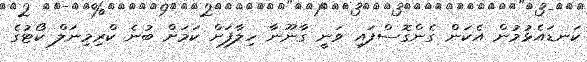
ކަނޑައެޅުމުން އެކަން ގެންގޮސްފައި ވަނީ ގާނޫނާ ހިލާފަށް ކަމަށް ބުނެ ކްރިމިނަލް ކޯޓުގެ